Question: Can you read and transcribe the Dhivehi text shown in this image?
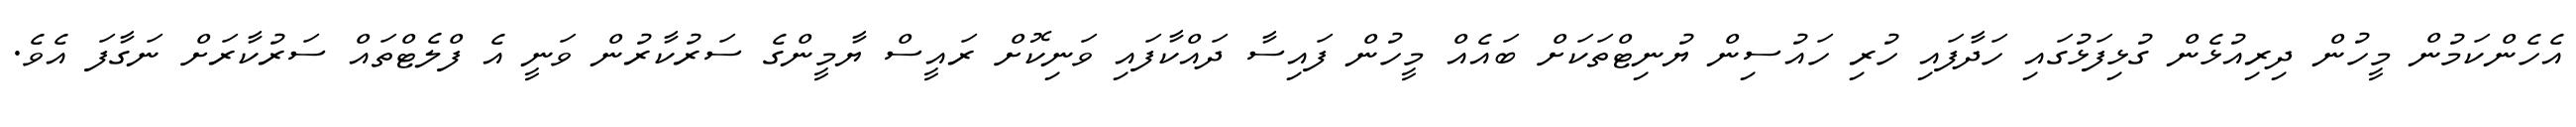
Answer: އެހެންކަމުން މީހުން ދިރިއުޅެން ގުޅިފަޅުގައި ހަދާފައި ހުރި ހައުސިން ޔުނިޓްތަކަށް ބައެއް މީހުން ފައިސާ ދައްކާފައި ވަނިކޮށް ރައީސް ޔާމީންގެ ސަރުކާރުން ވަނީ އެ ފްލެޓްތައް ސަރުކާރަށް ނަގާފަ އެވެ.